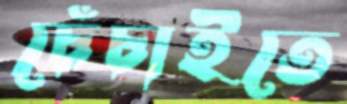
চেঁচাইতে